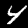
Label: 4